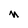
Character: m